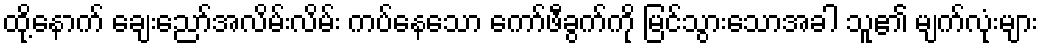
ထို့နောက် ချေးညော်အလိမ်းလိမ်း ကပ်နေသော ကော်ဖီခွက်ကို မြင်သွားသောအခါ သူ၏ မျက်လုံးများ